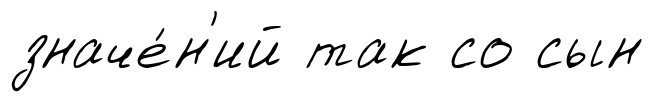
значе́н'ий так со сын